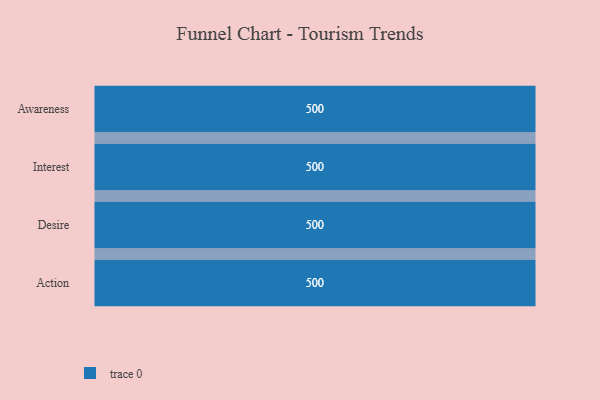
{"axis": {"x": "Stage", "y": "Value"}, "legend": [""], "data": [{"x": "Awareness", "y": 500, "type": ""}, {"x": "Interest", "y": 500, "type": ""}, {"x": "Desire", "y": 500, "type": ""}, {"x": "Action", "y": 500, "type": ""}]}